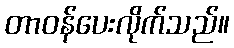
တာဝန်ပေးလိုက်သည်။